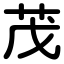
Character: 茂